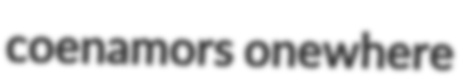
coenamors onewhere